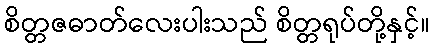
စိတ္တဇဓာတ်လေးပါးသည် စိတ္တရုပ်တို့နှင့်။